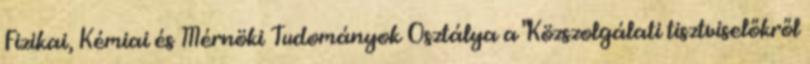
Fizikai, Kémiai és Mérnöki Tudományok Osztálya a "Közszolgálati tisztviselőkről